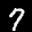
Label: 7